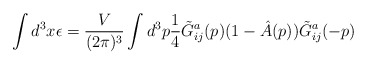
\begin{align*}\int d^3x \epsilon = \frac{V}{(2\pi )^3} \int d^3p\frac{1}{4}\tilde{G}^a_{ij}(p)(1 - \hat{A}(p))\tilde{G}^a_{ij}(-p)\end{align*}